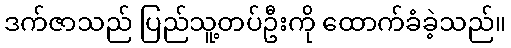
ဒက်ဇာသည် ပြည်သူ့တပ်ဦးကို ထောက်ခံခဲ့သည်။